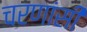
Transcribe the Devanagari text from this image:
चरणांसी